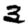
Digit: 3